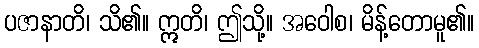
ပဇာနာတိ၊ သိ၏။ ဣတိ၊ ဤသို့။ အဝေါစ၊ မိန့်တောမူ၏။